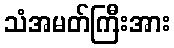
သံအမတ်ကြီးအား